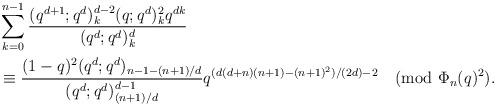
LaTeX: \begin{align*}&\sum_{k=0}^{n-1}\frac{(q^{d+1};q^d)_k^{d-2}(q;q^d)_k^2q^{dk}}{(q^d;q^d)_k^d}\\&\equiv \frac{(1-q)^2(q^d;q^d)_{n-1-(n+1)/d}}{(q^d;q^d)_{(n+1)/d}^{d-1}}q^{(d(d+n)(n+1)-(n+1)^2)/(2d)-2}\pmod{\Phi_n(q)^2}.\end{align*}